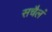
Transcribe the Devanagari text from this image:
सचैलं